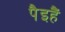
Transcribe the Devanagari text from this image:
पैइहैं